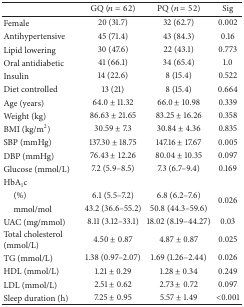
<table><thead><tr><td><b> </b></td><td><b>GQ (<i>n</i> = 62)</b></td><td><b>PQ (<i>n</i> = 52)</b></td><td><b>Sig</b></td></tr></thead><tbody><tr><td>Female</td><td>20 (31.7)</td><td>32 (62.7)</td><td>0.002</td></tr><tr><td>Antihypertensive</td><td>45 (71.4)</td><td>43 (84.3)</td><td>0.16</td></tr><tr><td>Lipid lowering</td><td>30 (47.6)</td><td>22 (43.1)</td><td>0.773</td></tr><tr><td>Oral antidiabetic </td><td>41 (66.1)</td><td>34 (65.4)</td><td>1.0</td></tr><tr><td>Insulin</td><td>14 (22.6)</td><td>8 (15.4)</td><td>0.522</td></tr><tr><td>Diet controlled</td><td>13 (21)</td><td>8 (15.4)</td><td>0.664</td></tr><tr><td>Age (years)</td><td>64.0 ± 11.32</td><td>66.0 ± 10.98</td><td>0.339</td></tr><tr><td>Weight (kg)</td><td>86.63 ± 21.65</td><td>83.25 ± 16.26</td><td>0.358</td></tr><tr><td>BMI (kg/m<sup>2</sup>)</td><td>30.59 ± 7.3</td><td>30.84 ± 4.36</td><td>0.835</td></tr><tr><td>SBP (mmHg)</td><td>137.30 ± 18.75</td><td>147.16 ± 17.67</td><td>0.005</td></tr><tr><td>DBP (mmHg)</td><td>76.43 ± 12.26</td><td>80.04 ± 10.35</td><td>0.097</td></tr><tr><td>Glucose (mmol/L)</td><td>7.2 (5.9–8.5)</td><td>7.3 (6.7–9.4)</td><td>0.169</td></tr><tr><td>HbA<sub>1</sub>c </td><td> </td><td> </td><td> </td></tr><tr><td> (%)</td><td>6.1 (5.5–7.2)</td><td>6.8 (6.2–7.6)</td><td rowspan="2">0.026</td></tr><tr><td> mmol/mol</td><td>43.2 (36.6–55.2)</td><td>50.8 (44.3–59.6)</td></tr><tr><td>UAC (mg/mmol)</td><td>8.11 (3.12–33.1)</td><td>18.02 (8.19–44.27)</td><td>0.03</td></tr><tr><td>Total cholesterol (mmol/L)</td><td>4.50 ± 0.87</td><td>4.87 ± 0.87</td><td>0.025</td></tr><tr><td>TG (mmol/L)</td><td>1.38 (0.97–2.07)</td><td>1.69 (1.26–2.44)</td><td>0.026</td></tr><tr><td>HDL (mmol/L)</td><td>1.21 ± 0.29</td><td>1.28 ± 0.34</td><td>0.249</td></tr><tr><td>LDL (mmol/L)</td><td>2.51 ± 0.62</td><td>2.73 ± 0.72</td><td>0.097</td></tr><tr><td>Sleep duration (h)</td><td>7.25 ± 0.95</td><td>5.57 ± 1.49</td><td>&lt;0.001</td></tr></tbody></table>